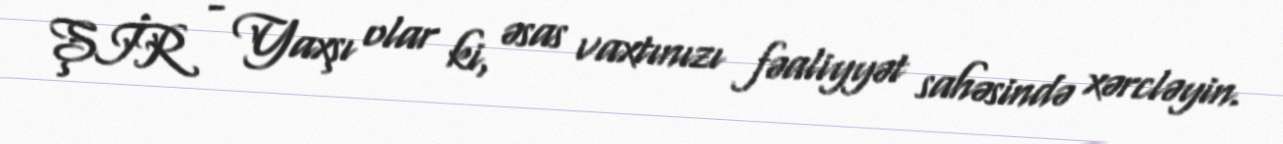
ŞİR - Yaxşı olar ki, əsas vaxtınızı fəaliyyət sahəsində xərcləyin.